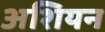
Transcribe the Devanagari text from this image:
अशियन